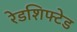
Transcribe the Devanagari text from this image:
रेडशिफ्टेड